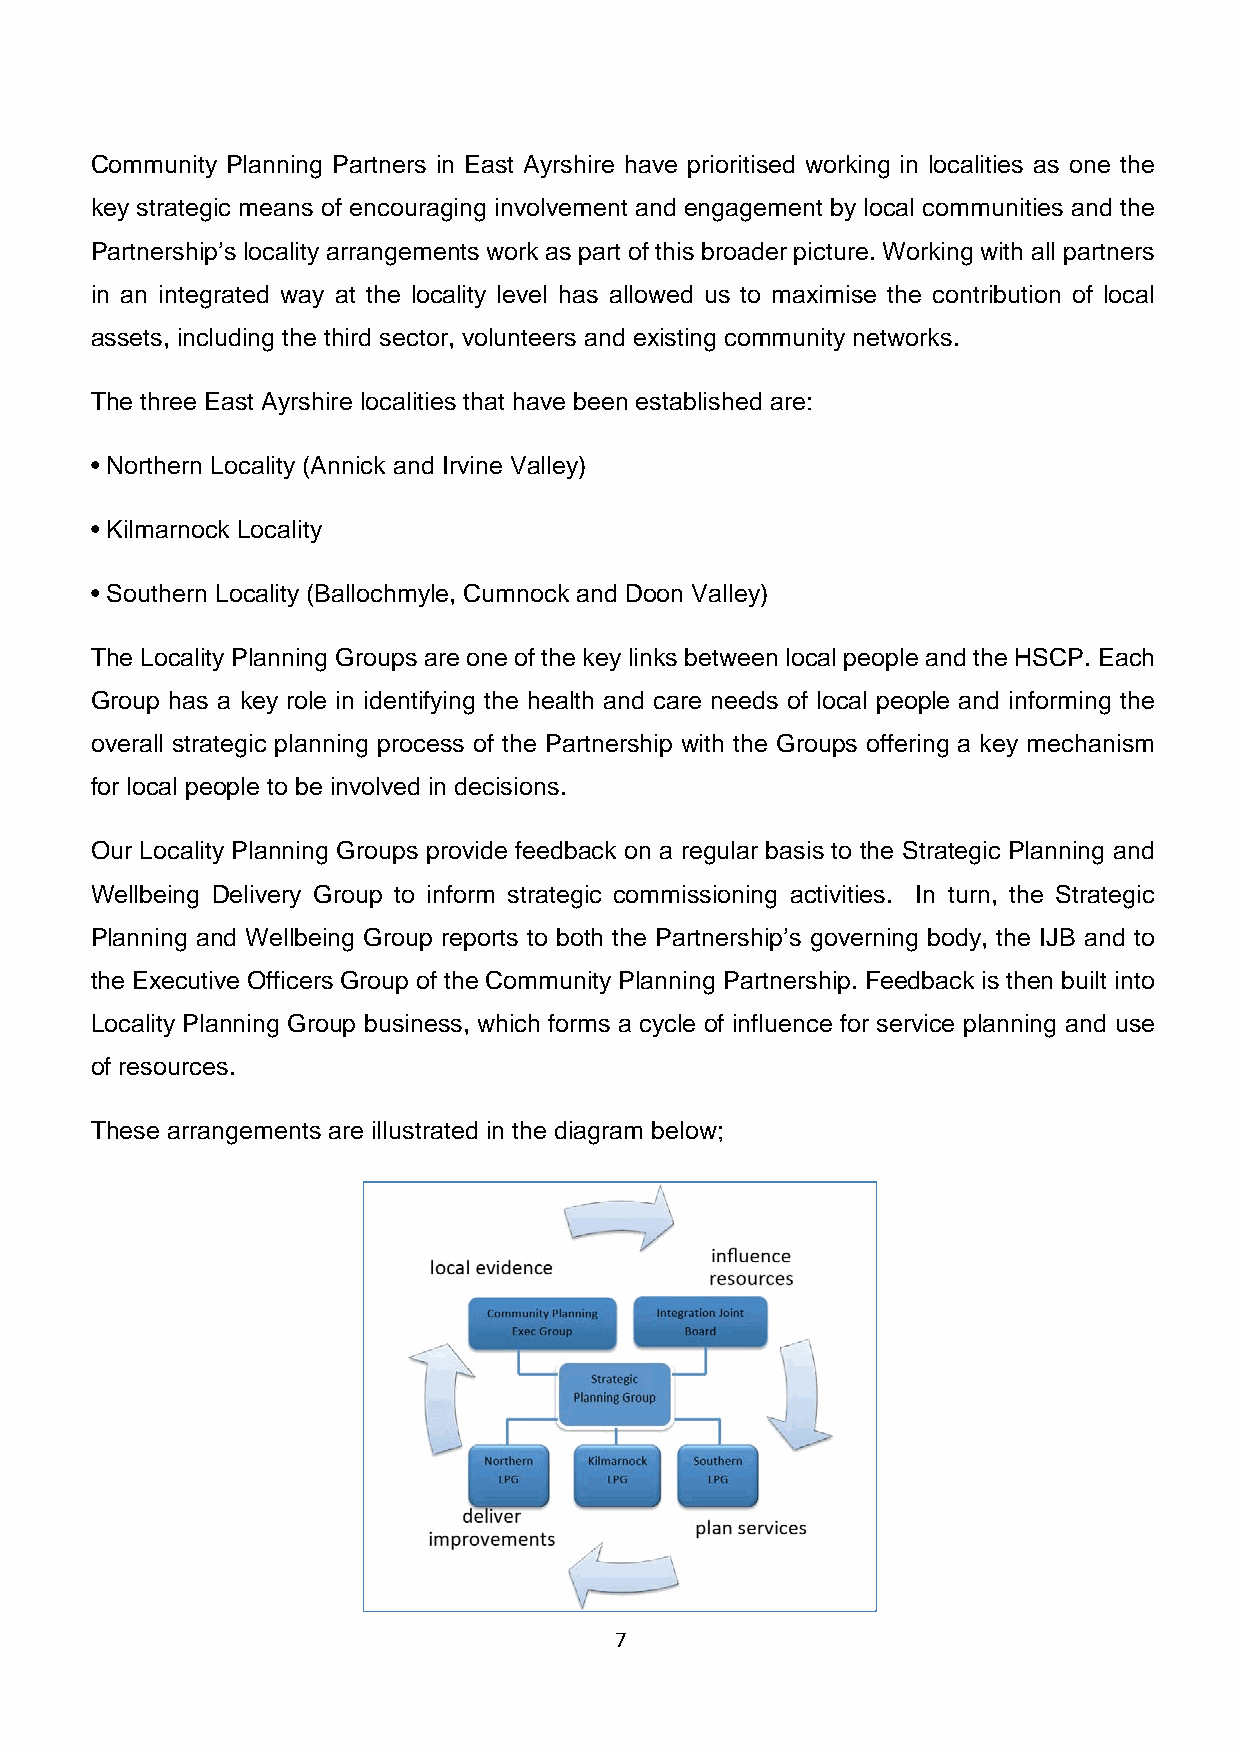
Community Planning Partners in East Ayrshire have prioritised working in localities as one the
 key strategic means of encouraging involvement and engagement by local communities and the
 Partnership’s locality arrangements work as part of this broader picture. Working with all partners
 in an integrated way at the locality level has allowed us to maximise the contribution of local
 assets, including the third sector, volunteers and existing community networks.
 The three East Ayrshire localities that have been established are:
 • Northern Locality (Annick and Irvine Valley)
 • Kilmarnock Locality
 • Southern Locality (Ballochmyle, Cumnock and Doon Valley)
 The Locality Planning Groups are one of the key links between local people and the HSCP. Each
 Group has a key role in identifying the health and care needs of local people and informing the
 overall strategic planning process of the Partnership with the Groups offering a key mechanism
 for local people to be involved in decisions.
 Our Locality Planning Groups provide feedback on a regular basis to the Strategic Planning and
 Wellbeing Delivery Group to inform strategic commissioning activities. In turn, the Strategic
 Planning and Wellbeing Group reports to both the Partnership’s governing body, the IJB and to
 the Executive Officers Group of the Community Planning Partnership. Feedback is then built into
 Locality Planning Group business, which forms a cycle of influence for service planning and use
 of resources.
 These arrangements are illustrated in the diagram below;
 7